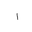
Letter: _alif